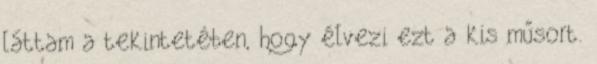
láttam a tekintetében, hogy élvezi ezt a kis műsort.